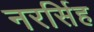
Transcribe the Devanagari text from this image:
नरर्सिह